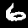
Digit: 6